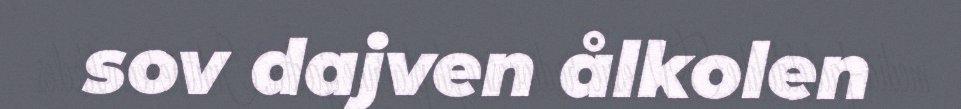
sov dajven ålkolen